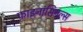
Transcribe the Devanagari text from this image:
फाइनांसियल्स